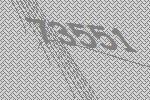
73551